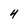
Character: 4